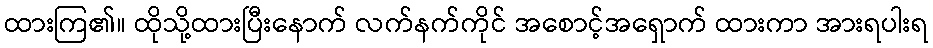
ထားကြ၏။ ထိုသို့ထားပြီးနောက် လက်နက်ကိုင် အစောင့်အရှောက် ထားကာ အားရပါးရ